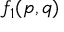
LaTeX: f _ { 1 } ( p , q )